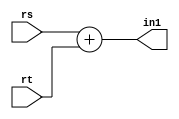
module add
(
  input  [31:0] rs, rt, 
  output [31:0] in1
);

  assign in1 = rs + rt;
  
endmodule